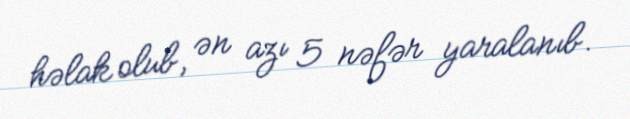
həlak olub, ən azı 5 nəfər yaralanıb.